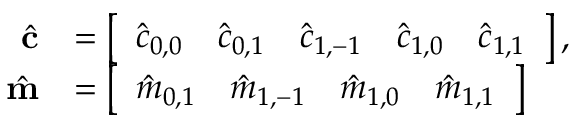
\begin{array} { r l } { \hat { \mathbf c } } & { = \left[ \begin{array} { l l l l l } { \hat { c } _ { 0 , 0 } } & { \hat { c } _ { 0 , 1 } } & { \hat { c } _ { 1 , - 1 } } & { \hat { c } _ { 1 , 0 } } & { \hat { c } _ { 1 , 1 } } \end{array} \right] , } \\ { \hat { \mathbf m } } & { = \left[ \begin{array} { l l l l } { \hat { m } _ { 0 , 1 } } & { \hat { m } _ { 1 , - 1 } } & { \hat { m } _ { 1 , 0 } } & { \hat { m } _ { 1 , 1 } } \end{array} \right] } \end{array}